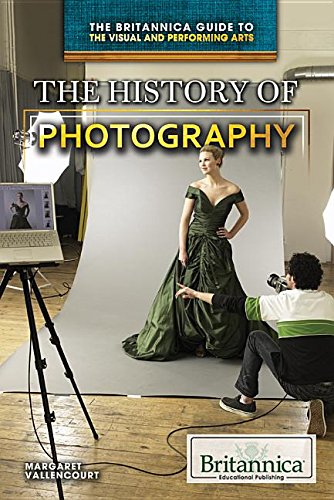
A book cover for The History of Photography (The Britannica Guide to the Visual and Performing Arts); Teen & Young Adult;